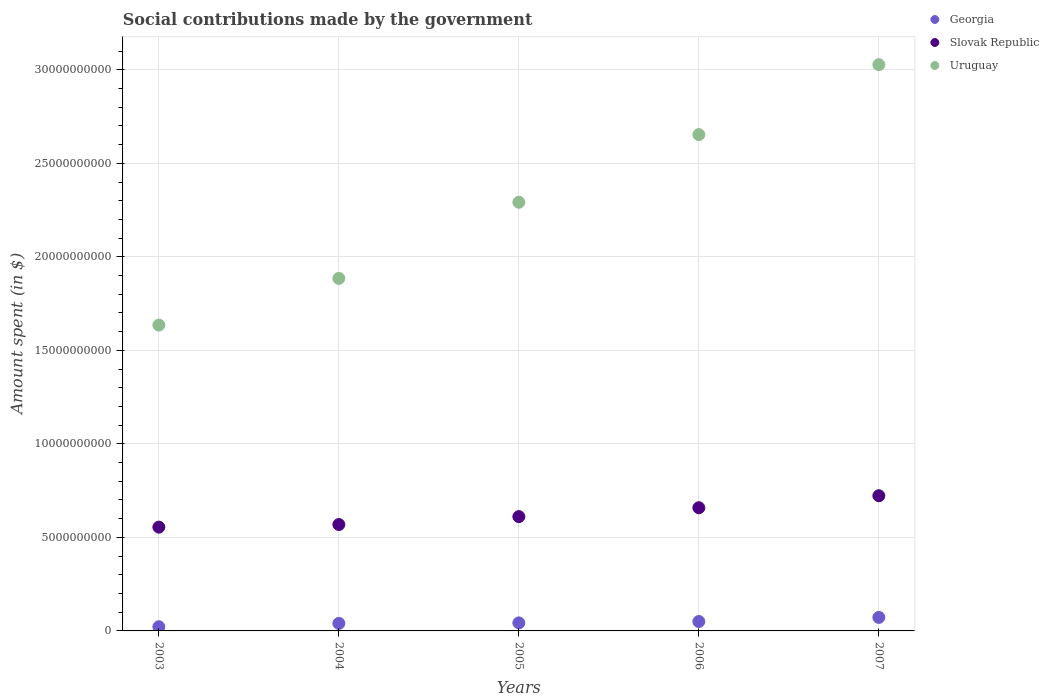
| Years | Georgia | Slovak Republic | Uruguay |
 | --- | --- | --- | --- |
 | 2003 | 2.23e+08 | 5.55e+09 | 1.64e+10 |
 | 2004 | 4.02e+08 | 5.69e+09 | 1.88e+10 |
 | 2005 | 4.29e+08 | 6.11e+09 | 2.29e+10 |
 | 2006 | 5.03e+08 | 6.59e+09 | 2.65e+10 |
 | 2007 | 7.22e+08 | 7.23e+09 | 3.03e+10 |